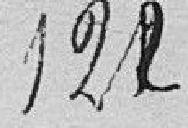
122